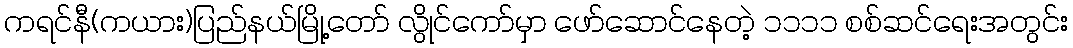
ကရင်နီ(ကယား)ပြည်နယ်မြို့တော် လွိုင်ကော်မှာ ဖော်ဆောင်နေတဲ့ ၁၁၁၁ စစ်ဆင်ရေးအတွင်း